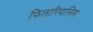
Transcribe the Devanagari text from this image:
फिलारियासिस